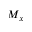
M _ { x }